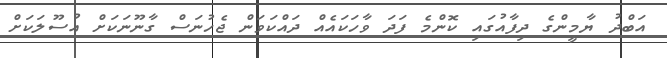
އަބްދު ޔާމީންގެ ދިފާއުގައި ކޮންމެ ފަދަ ވާހަކައެއް ދައްކަވަން ޖެހުނަސް ގާނޫނަކަށް އުސޫލަކަށް